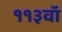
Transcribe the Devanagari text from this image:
११३वॉ